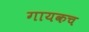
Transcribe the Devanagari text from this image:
गायकच